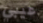
عيبي